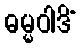
ဓမ္မဝါဒိံ